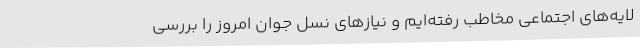
لایه‌های اجتماعی مخاطب رفته‌ایم و نیازهای نسل جوان امروز را بررسی